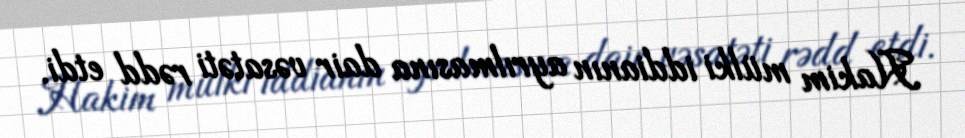
Hakim mülki iddianın ayrılmasına dair vəsatəti rədd etdi.